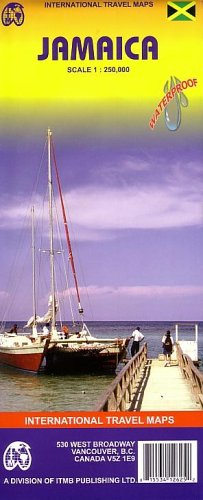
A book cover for Jamaica Travel Reference Map 1:250 000; International Travel Maps; Travel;